Civil Veterinary Department. Madras. Admin. report 1926-33 - 1926-1933
Year: 1926
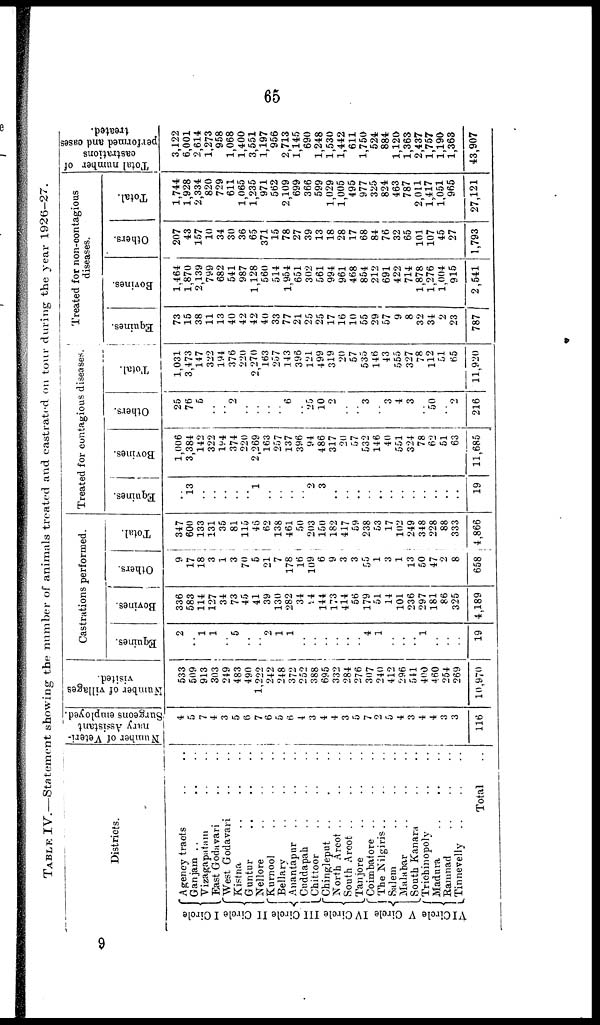
65
TABLE IV.—Statement showing the number of animals treated and castrated on tour during the year 1926—27.
Districts.
I Circle
II Circle
0l(
Cir
I
III
IV Circle
V Circle
VI Circle
Agency tracts .. ..
Ganjam .. ..
Vizagapatam .. ..
East Godavari .. ..
West Godavari .. ..
Kistna .. .. ..
Guntur
.. .. ..
Nellore
..
..
..
Kurnool .. .. ..
Bellary .. .. ..
Anantapur .. .. ..
Cuddapah .. .. ..
Chittoor .. .. ..
Chingleput .. .. ..
North Arcot .. .. ..
South Arcot .. .. ..
Tanjore .. .. ..
Coimbatore .. .. ..
The Kilgiris .. .. ..
Salem .. .. ..
Malabar .. .. ..
South Kanara .. .. ..
Trichinopoly .. .. ..
Madura .. .. ..
Ramnad .. .. ..
Tinnevelly .. .. ..
Total ..
Number of Veteri-
nary Assistant
Surgeons employed.
4
5
7
4
3
5
6
7
6
5
6
4
3
4
4
3
5
7
2
5
4
3
4
4
3
3
116
IN umber of villages
visited.
533
509
913
303
249
483
490
1,222
242
248
372
252
388
695
332
284
276
307
240
412
296
541
400
460
254
269
10,970
Castrations performed.
Equines.
2
..
1
1
..
5
.. ..
2
1
1
..
..
.. ..
..
.. 4
1
..
..
..
1
..
..
..
19
Bevines.
336
583
114
127
34
73
45
41
39
130
282
34
94
144
173
414
56
179
51
14
101
236
297
181
86
325
4,189
Others.
9
17
18
3
1
3
70
5
21
7
178
16
109
6
9
3
3
55
1
3
1
13
50
47
2
8
658
Total.
347
600
133
131
35
81
115
46
62
138
461
50
203
150
182
417
59
238
53
17
102
249
348
228
88
333
4,866
Treated for contagious diseases.
Equines.
..
13
..
..
..
..
.. l
..
..
..
..
2
3
..
..
..
..
..
..
..
..
..
..
..
..
19
Bovines.
1,006
3,384
142
322
194
374
220
2,269
163
257
137
396
94
486
317
20
57
532
146
40
551
324
78
62
51
63
11,685
Others.
25
76
5
..
.. 2
..
..
..
.. 6
.. 25
10
2
..
.. 3
.. 3
4
3
.. 50
.. 2
216
Total.
1,031
3,473
147
322
194
376
220
2,270
163
257
143
396
121
499
319
20
57
535
146
43
555
327
78
112
51
65
11,920
Treated for non-contagious
diseases.
Equines.
73
15
38
11
13
40
42
42
40
33
77
21
25
25
17
16
10
55
29
57
9
8
32
34
2
23
787
Bovines.
1,464
1,870
2,139
799
682
541
987
1,128
560
514
1,954
651
302
561
994
961
468
854
212
691
422
714
1,878
1,276
1,004
915
2,541
Others.
207
43
157
10
34
30
36
65
371
15
78
27
39
13
18
28
17
68
84
76
32
65
101
107
45
27
1,793
Total.
1,744
1,928
2,334
820
729
611
1,065
1,235
971
562
2,109
699
366
599
1,029
1,005
495
977
325
824
463
787
2,011
1,417
1,051
965
27,121
Total number of
castrations
performed and cases
treated.
3,122
6,001
2,614
1,273
958
1,068
1,400
3,551
1,197
956
2,713
1,145
690
1,248
1,530
1,442
611
1,750
524
884
1,120
1,363
2,437
1,757
1,190
1,363
43,907
9